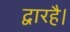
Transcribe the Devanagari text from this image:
द्वारहै।